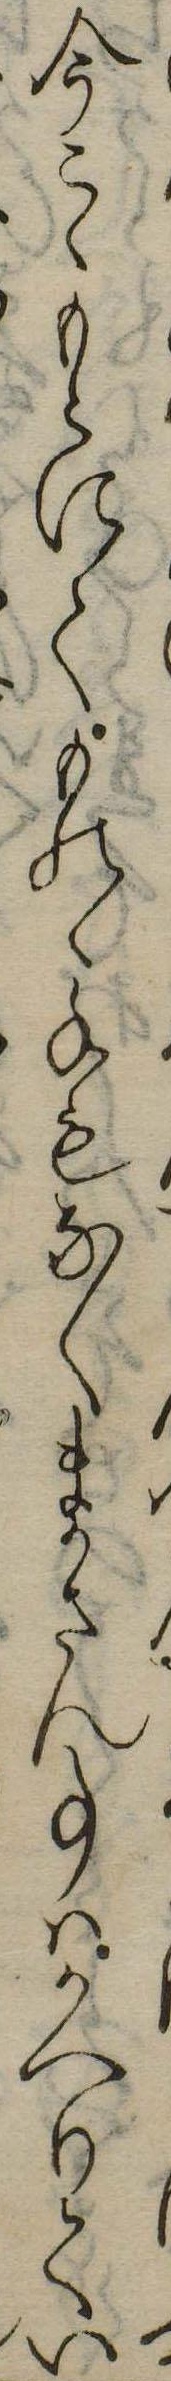
今こゝもとにてものゝ手もなくまかさん事はかへりてい